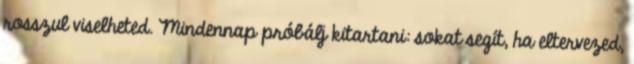
rosszul viselheted. Mindennap próbálj kitartani: sokat segít, ha eltervezed,